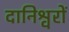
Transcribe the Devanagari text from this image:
दानिश्वरों